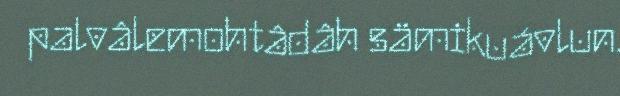
palvâlemohtâdâh sämikuávlun.